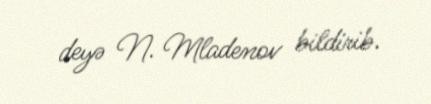
deyə N. Mladenov bildirib.